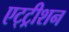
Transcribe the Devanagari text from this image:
एट्ट्रीशन